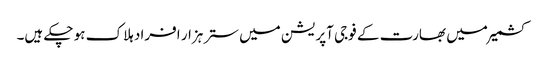
کشمیر میں بھارت کے فوجی آپریشن میں ستر ہزار افراد ہلاک ہو چکے ہیں۔